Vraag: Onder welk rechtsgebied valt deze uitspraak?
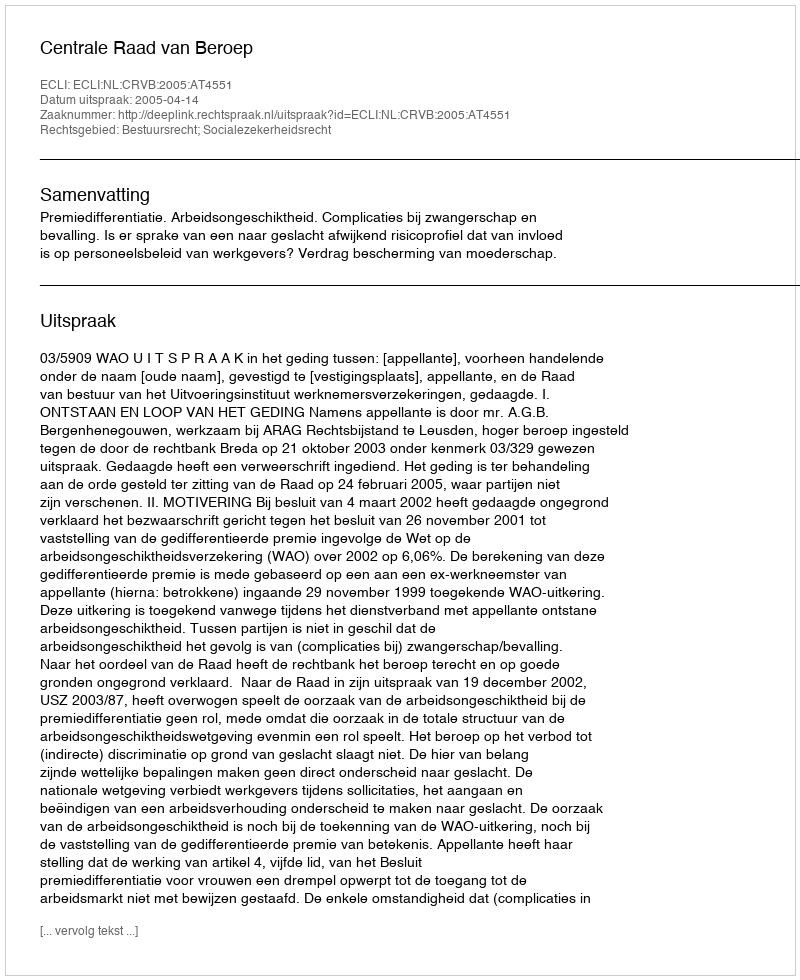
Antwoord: Bestuursrecht; Socialezekerheidsrecht